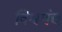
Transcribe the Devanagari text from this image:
विश्वपंच